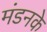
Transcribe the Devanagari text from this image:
मंडनके